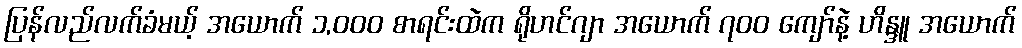
ပြန်လည်လက်ခံမယ့် အယောက် ၁,၀၀၀ စာရင်းထဲက ရိုဟင်ဂျာ အယောက် ၇၀၀ ကျော်နဲ့ ဟိန္ဒူ အယောက်